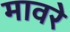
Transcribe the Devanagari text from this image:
मावरे